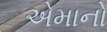
એમાનો